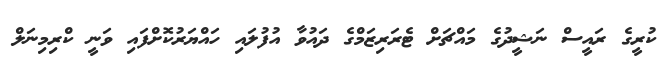
ކުރީގެ ރައީސް ނަޝީދުގެ މައްޗަށް ޓެރަރިޒަމްގެ ދައުވާ އުފުލައި ހައްޔަރުކޮށްފައި ވަނީ ކްރިމިނަލް